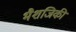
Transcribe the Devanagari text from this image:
भैशजिकी